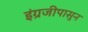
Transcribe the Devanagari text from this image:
इंग्रजीपासुन